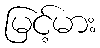
မြင့်မား